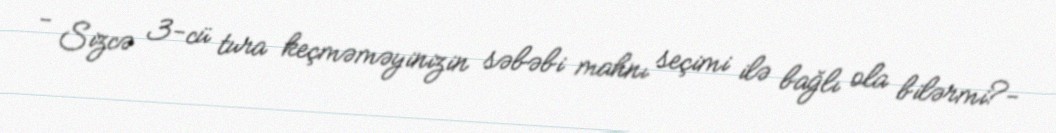
- Sizcə 3-cü tura keçməməyinizin səbəbi mahnı seçimi ilə bağlı ola bilərmi?-